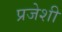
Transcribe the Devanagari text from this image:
प्रजेशी